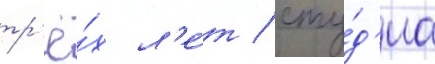
тр'ё́х л'е́т / сту́д'иа